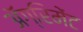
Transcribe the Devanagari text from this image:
ॲग्रिमेंट